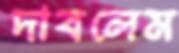
দাবলেম